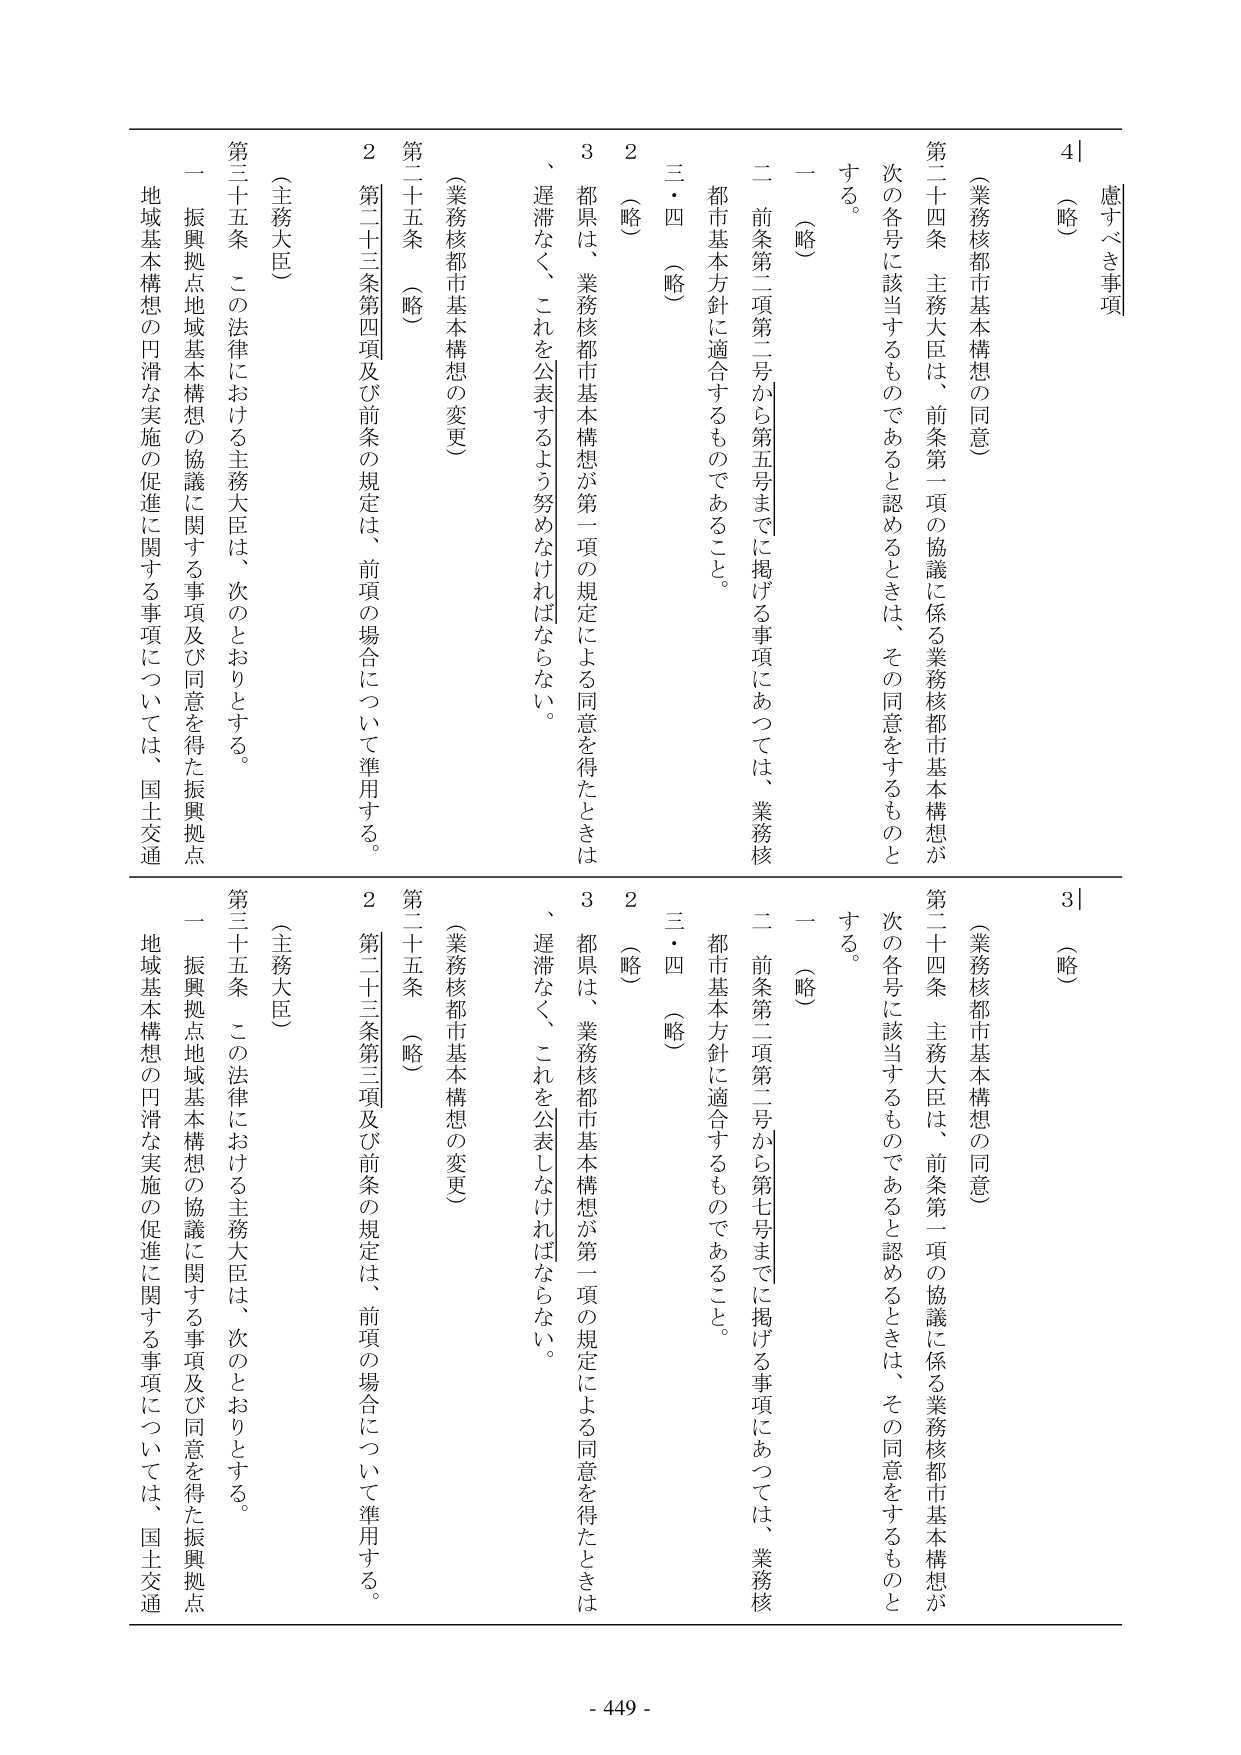
慮すべき事項
4|
（略）
（業務核都市基本構想の同意）
第二十四条 主務大臣は、前条第一項の協議に係る業務核都市基本構想が
次の各号に該当するものであると認めるときは、その同意をするものと
する。
一 （略）
二 前条第二項第二号から第五号までに掲げる事項にあつては、業務核
都市基本方針に適合するものであること。
三・四 （略）
2 （略）
3 都県は、業務核都市基本構想が第一項の規定による同意を得たときは
、遅滞なく、これを公表するよう努めなければならない。
（業務核都市基本構想の変更）
第二十五条 （略）
2 第二十三条第四項及び前条の規定は、前項の場合について準用する。
（主務大臣）
第三十五条 この法律における主務大臣は、次のとおりとする。
一 振興拠点地域基本構想の協議に関する事項及び同意を得た振興拠点
地域基本構想の円滑な実施の促進に関する事項については、国土交通

3|
（略）
（業務核都市基本構想の同意）
第二十四条 主務大臣は、前条第一項の協議に係る業務核都市基本構想が
次の各号に該当するものであると認めるときは、その同意をするものと
する。
一 （略）
二 前条第二項第二号から第七号までに掲げる事項にあつては、業務核
都市基本方針に適合するものであること。
三・四 （略）
2 （略）
3 都県は、業務核都市基本構想が第一項の規定による同意を得たときは
、遅滞なく、これを公表しなければならない。
（業務核都市基本構想の変更）
第二十五条 （略）
2 第二十三条第三項及び前条の規定は、前項の場合について準用する。
（主務大臣）
第三十五条 この法律における主務大臣は、次のとおりとする。
一 振興拠点地域基本構想の協議に関する事項及び同意を得た振興拠点
地域基本構想の円滑な実施の促進に関する事項については、国土交通

- 449 -